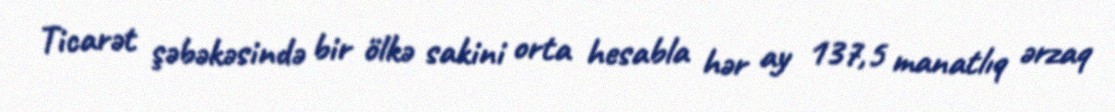
Ticarət şəbəkəsində bir ölkə sakini orta hesabla hər ay 137,5 manatlıq ərzaq